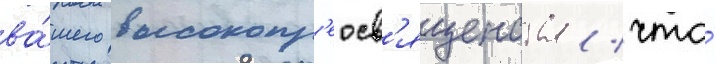
ва́шего высокопр'еосв'ященства / что́